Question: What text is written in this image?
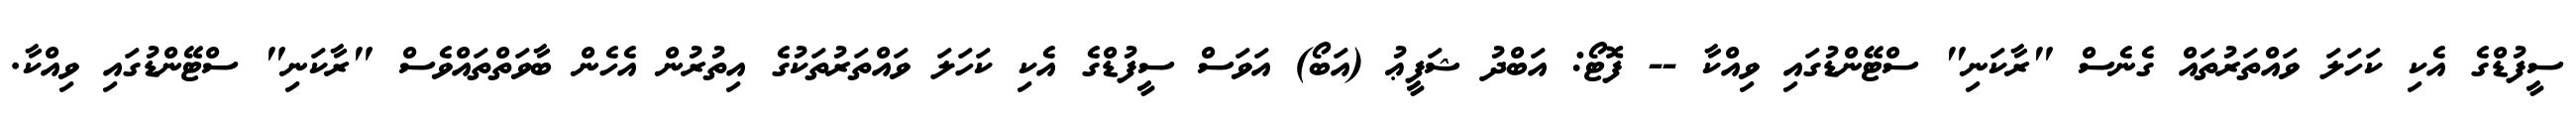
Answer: ސީފުޑްގެ އެކި ކަހަލަ ވައްތަރުތައް ގެނެސް "ރާކަނި" ސްޓޭންޑުގައި ވިއްކާ -- ފޮޓޯ: އަބްދު ޝަފީޢު (އަބޯ) އަވަސް ސީފުޑްގެ އެކި ކަހަލަ ވައްތަރުތަކުގެ އިތުރުން އެހެން ބާވަތްތައްވެސް "ރާކަނި" ސްޓޭންޑުގައި ވިއްކާ.